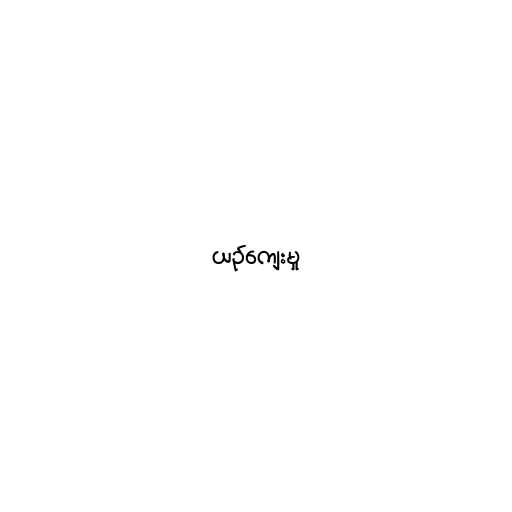
ယဉ်ကျေးမှု